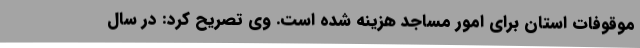
موقوفات استان برای امور مساجد هزینه شده است. وی تصریح کرد: در سال